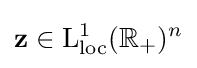
\mathbf {z} \in \mathrm {L} _{\mathrm {loc} }^{1}(\mathbb {R} _{+})^{n}